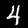
Digit: 4